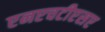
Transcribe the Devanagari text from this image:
एनएचटीएसए